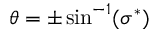
\theta = \pm \sin ^ { - 1 } ( \sigma ^ { * } )